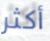
أكثر